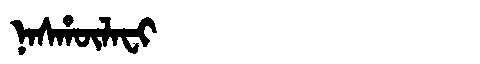
Manchu: ᠨᠠᠰᡥᡡᠯᠠᠸᡳ
Romanization: NASHŪLAFI